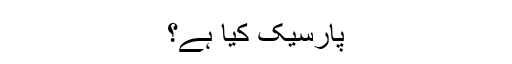
پارسیک کیا ہے؟